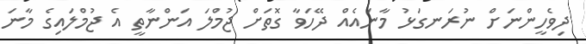
ދިވެހީންނަށް ނުރަނގަޅު މާނައެއް ދޭހަވާ ގޮތަށް ޖުމްލަ އަންނާތީ އެ ޖުމްލައިގެ މާނަ